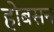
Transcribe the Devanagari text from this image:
होबसन